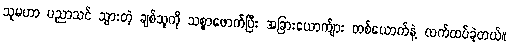
သူမဟာ ပညာသင် သွားတဲ့ ချစ်သူကို သစ္စာဖောက်ပြီး အခြားယောက်ျား တစ်ယောက်နဲ့ လက်ထပ်ခဲ့တယ်။